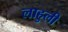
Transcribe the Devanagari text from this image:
लाहुली